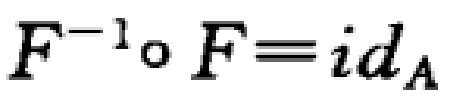
$F^{-1}\circ F\equiv id_{A}$